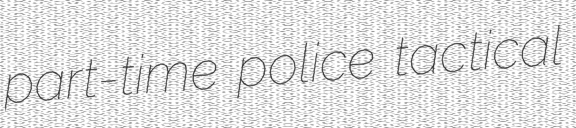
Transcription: part-time police tactical